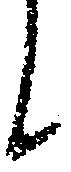
に